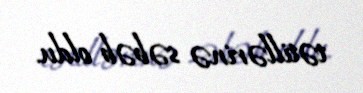
tətillərinə səbəb oldu.